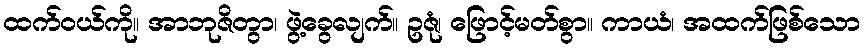
ထက်ဝယ်ကို။ အာဘုဇိတွာ၊ ဖွဲ့ခွေလျက်။ ဥဇုံ၊ ဖြောင့်မတ်စွာ။ ကာယံ၊ အထက်ဖြစ်သော